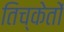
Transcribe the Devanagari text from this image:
तिच्केतों